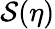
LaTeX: \mathcal{S}(\eta)